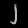
Digit: ၂